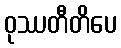
ဝုဿတီတိပေ